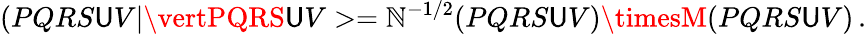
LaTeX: (PQRS\mathsf{U}V\vert\vertPQRS\mathsf{U}V>=\mathbb{N}^{-1/2}(PQRS\mathsf{U}V)\timesM(PQRS\mathsf{U}V)\, .